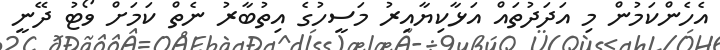
އެހެންކަމުން މި އަދަދުތައް އަޅާކިޔާއިރު މަސީހުގެ އިތުބާރު ނެތް ކަމަށް ވޯޓު ދޭނީ